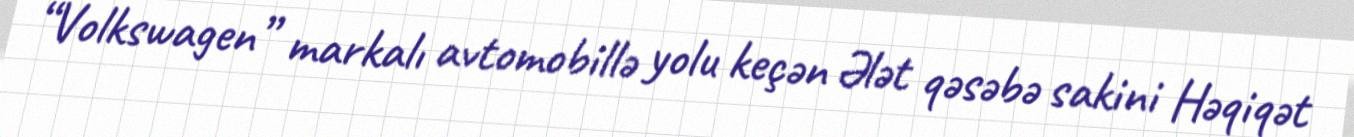
“Volkswagen” markalı avtomobillə yolu keçən Ələt qəsəbə sakini Həqiqət